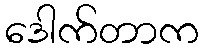
ဒေါက်တာက